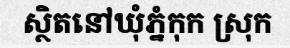
ស្ថិតនៅឃុំភ្នំកុក ស្រុក